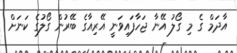
އާދަމް ގެ މި ގޯލު އޭނާ ޖަހާފައިވަނީ އޭރިއާގެ ބޭރުން ގޯލުގެ ކަނަށް